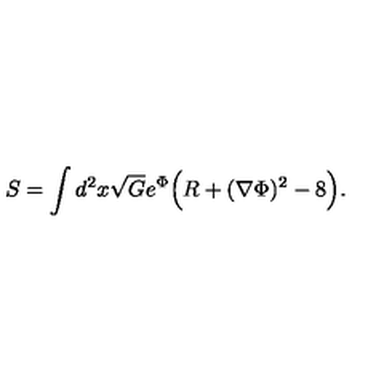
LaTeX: S = \int d ^ { 2 } x \sqrt { G } e ^ { \Phi } \Bigl ( R + ( \nabla \Phi ) ^ { 2 } - 8 \Bigr ) .